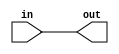
module top_module (
    input in,
    output out);

reg out;

    always @ (in)
    begin
        out = in;
    end

endmodule